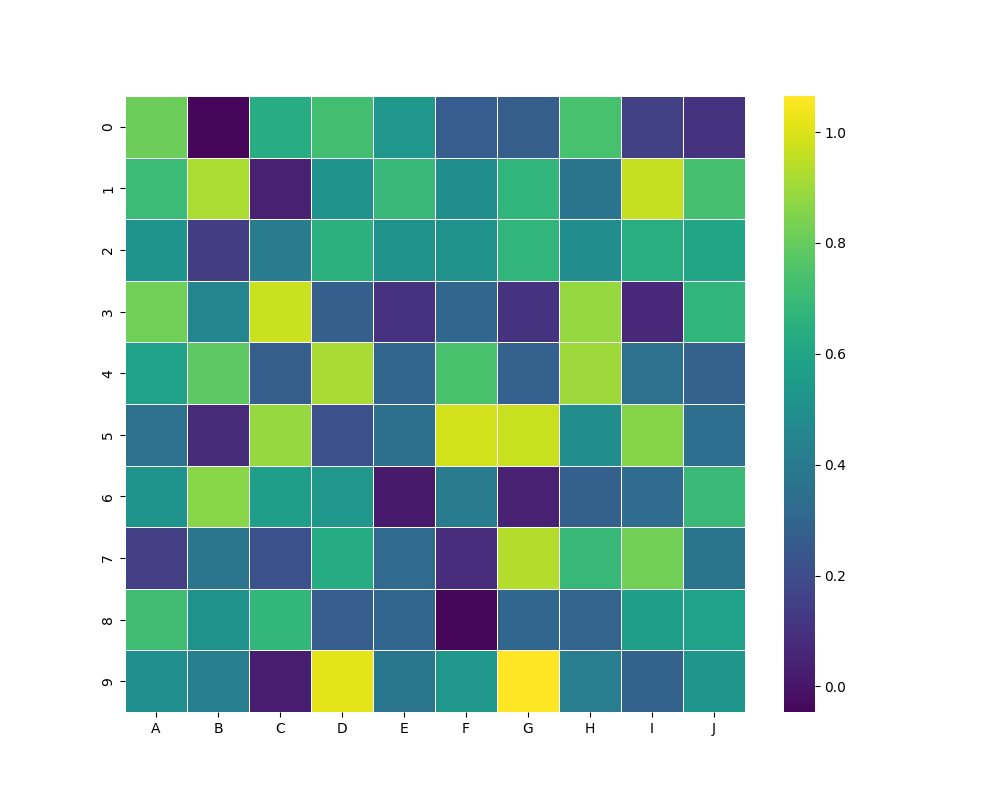
python, seaborn, heatmap, cmap='viridis', linewidths=0.5, center=0.5